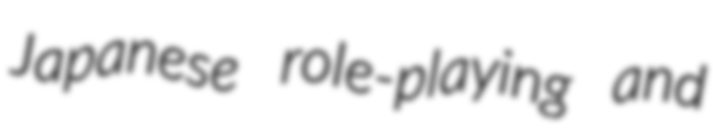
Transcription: Japanese role-playing and